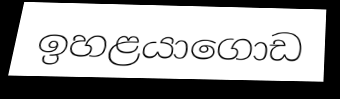
ඉහළයාගොඩ